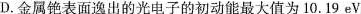
D.金属铯表面逸出的光电子的初动能最大值为10.19 eV